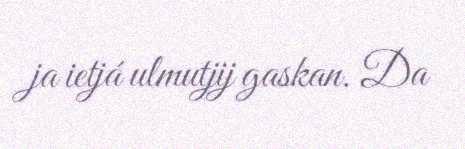
ja ietjá ulmutjij gaskan. Da